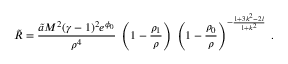
\tilde { R } = \frac { \tilde { a } M ^ { 2 } ( \gamma - 1 ) ^ { 2 } e ^ { \phi _ { 0 } } } { \rho ^ { 4 } } \; \left( 1 - \frac { \rho _ { 1 } } { \rho } \right) \; \left( 1 - \frac { \rho _ { 0 } } { \rho } \right) ^ { - \frac { 1 + 3 k ^ { 2 } - 2 l } { 1 + k ^ { 2 } } } \; .